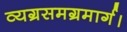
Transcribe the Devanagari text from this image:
व्यग्रसमग्रमार्ग।